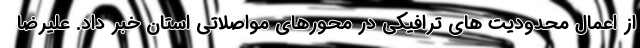
از اعمال محدودیت های ترافیکی در محورهای مواصلاتی استان خبر داد. علیرضا